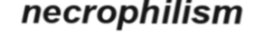
necrophilism